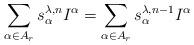
LaTeX: \begin{align*}\displaystyle\sum_{\alpha \in A_r} s^{\lambda,n}_{\alpha} I^{\alpha} = \sum_{\alpha \in A_r} s^{\lambda,n-1}_{\alpha} I^{\alpha}\end{align*}